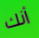
أنك